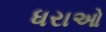
ધરાઓ